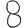
Digit: 8